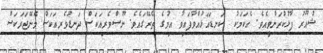
ޝުޢޫރު ފާޅުކުރަންވީއެވެ. އެކަމަކު  ކަނޑައަޅުއްވާފައިވާ އިމުގެ ތެރޭގައެވެ. ނޫސްވެރިއަކަސް ދަނޑުވެރިއަކަސް މެނޭޖަރަކަސް